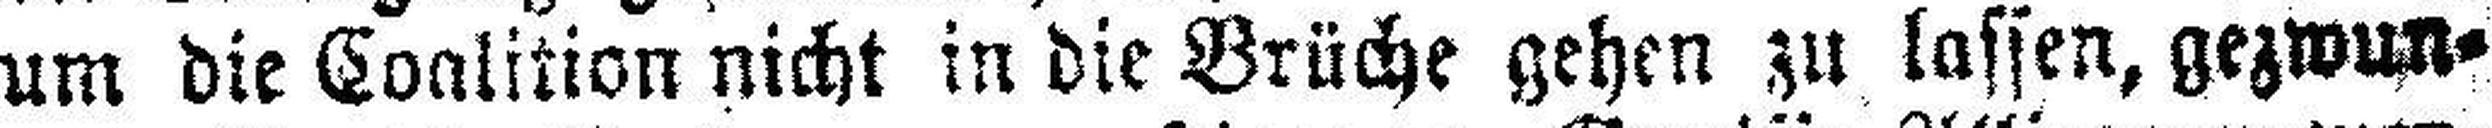
um die Coalition nicht in die Brüche gehen zu lassen, gezwun¬